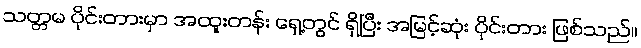
သတ္တမ ပိုင်းတားမှာ အထူးတန်း ရှေ့တွင် ရှိပြီး အမြင့်ဆုံး ပိုင်းတား ဖြစ်သည်။